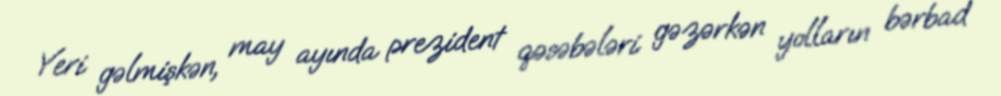
Yeri gəlmişkən, may ayında prezident qəsəbələri gəzərkən yolların bərbad